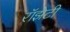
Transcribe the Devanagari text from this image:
रॉझेटी